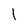
Character: l